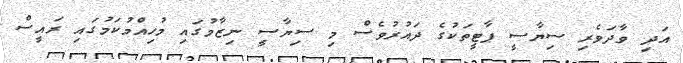
އަދި ވާދަވެރި ސިޔާސީ ޕާޓީތަކުގެ ދައުރުވެސް މި ސިޔާސީ ނިޒާމުގައި މުހިއްމުކަމުގައި ރައީސް